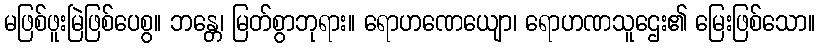
မဖြစ်ဖူးမြဲဖြစ်ပေစွ။ ဘန္တေ၊ မြတ်စွာဘုရား။ ရောဟဏေယျော၊ ရောဟဏသူဌေး၏ မြေးဖြစ်သော။